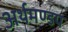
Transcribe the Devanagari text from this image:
अर्थमण्डप